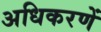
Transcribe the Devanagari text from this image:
अधिकरणें